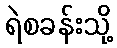
ရဲစခန်းသို့